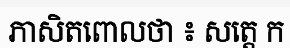
ភាសិតពោលថា ៖ សត្តេ ក